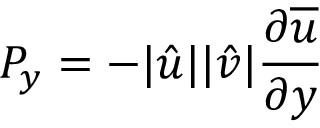
P _ { y } = - | \hat { u } | | \hat { v } | \frac { \partial { \overline { { u } } } } { \partial y }